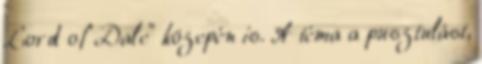
Lord of Dale" közepén is. A téma a pusztulást,